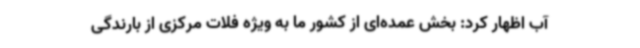
آب اظهار کرد: بخش عمده‌ای از کشور ما به ویژه فلات مرکزی از بارندگی